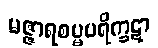
မဇ္ဇာရစမ္မပရိက္ခဋာ